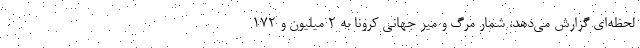
لحظه‌ای گزارش می‌دهد، شمار مرگ و میر جهانی کرونا به ۲ میلیون و ۱۷۲